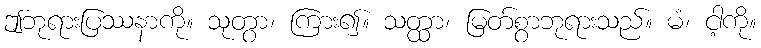
ဤဘုရားပြဿနာကို။ သုတွာ၊ ကြား၍။ သတ္ထာ၊ မြတ်စွာဘုရားသည်။ မံ၊ ငါ့ကို။